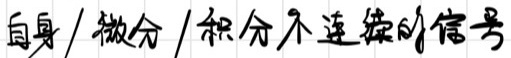
自身/微分/积分不连续的信号